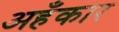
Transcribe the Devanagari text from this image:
अहँकार